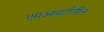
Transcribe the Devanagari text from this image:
एमआयटीतील